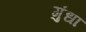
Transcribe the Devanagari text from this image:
गुंधा